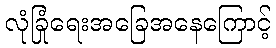
လုံခြုံရေးအခြေအနေကြောင့်